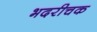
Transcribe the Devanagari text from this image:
भदरीचक